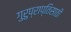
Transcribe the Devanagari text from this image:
गुरुप्राप्तिसाठी